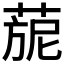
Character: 𦴪